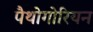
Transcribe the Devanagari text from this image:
पैथोगोरियन